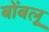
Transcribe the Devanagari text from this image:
बोंबलू